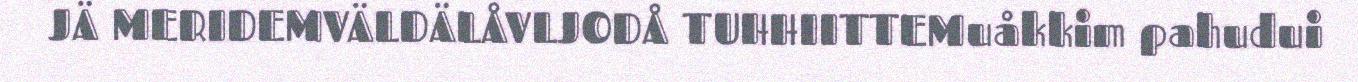
JÄ MERIDEMVÄLDÄLÅVLJODÅ TUHHIITTEMuåkkim pahudui